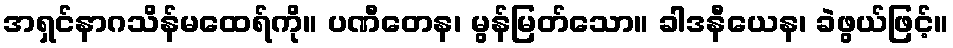
အရှင်နာဂသိန်မထေရ်ကို။ ပဏီတေန၊ မွန်မြတ်သော။ ခါဒနီယေန၊ ခဲဖွယ်ဖြင့်။